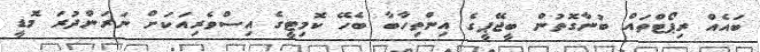
ބައެއް ރިޕޯޓްތައް ބުނާގޮތުން ބީޖޭޕީގެ އިންތިހާބާ ބެހޭ ކޮމިޓީގެ އިސްވެރިއަކަށް ނަރަންދުރަ މޮޑީ